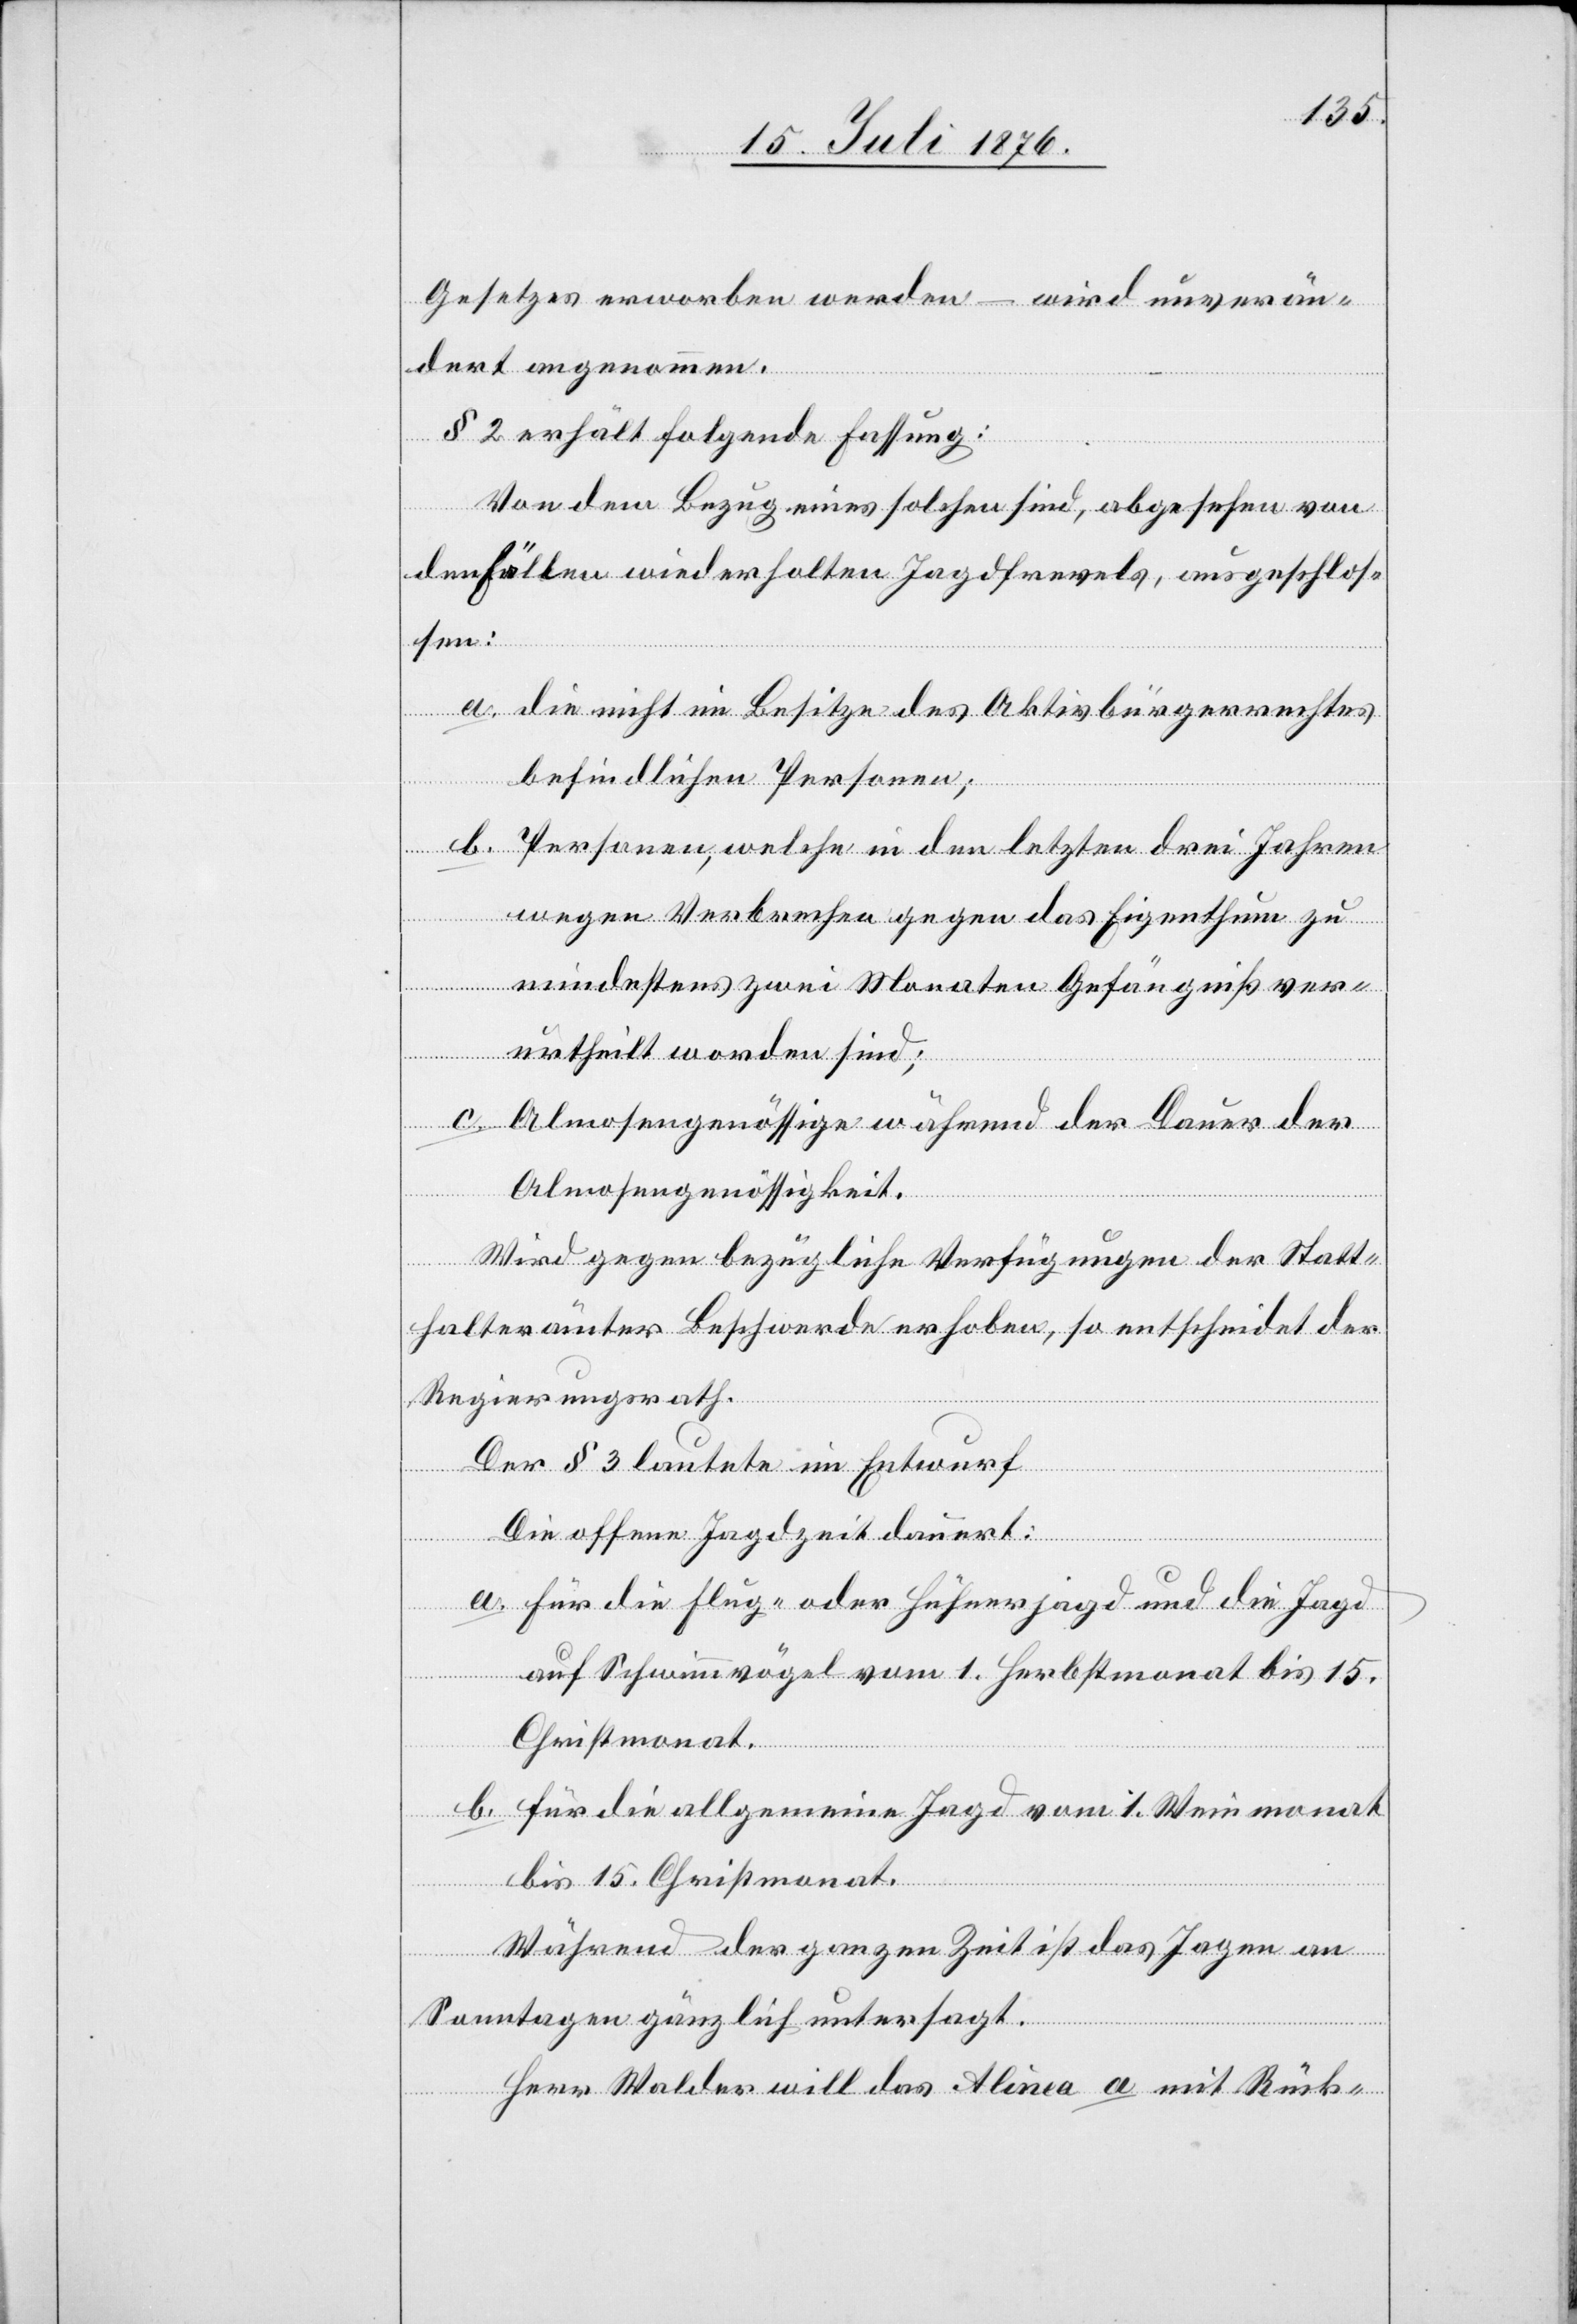
Gesetzes erworben werden – wird unverän¬
dert angenommen.
§ 2. erhält folgende Fassung:
Von dem Bezug eines solchen sind, abgesehen von
den Fällen wiederholten Jagdfrevels, ausgeschlos¬
sen:
a. die nicht im Besitze des Aktivbürgerrechtes
befindlichen Personen;
b. Personen, welche in den letzten drei Jahren
wegen Verbrechen gegen das Eigenthum zu
mindestens zwei Monaten Gefängniß ver¬
urtheilt worden sind;
c. Almosengenössige während der Dauer der
Almosengenössigkeit.
Wird gegen bezügliche Verfügungen der Statt¬
halterämter Beschwerde erhoben, so entscheidet der
Regierungsrath.
Der § 3 lautete im Entwurf
Die offene Jagdzeit dauert:
a. für die Flug- oder Hühnerjagd und die Jagd
auf Schwimmvögel vom 1. Herbstmonat bis 15.
Christmonat.
b. für die allgemeine Jagd vom 1. Weinmonat
bis 15. Christmonat.
Während der ganzen Zeit ist das Jagen an
Sonntagen gänzlich untersagt.
Herr Walder will das Alinea a mit Rück-